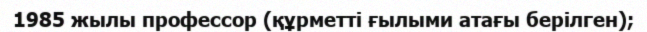
1985 жылы профессор (құрметті ғылыми атағы берілген);